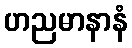
ဟညမာနာနံ